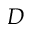
D